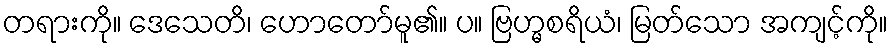
တရားကို။ ဒေသေတိ၊ ဟောတော်မူ၏။ ပ။ ဗြဟ္မစရိယံ၊ မြတ်သော အကျင့်ကို။